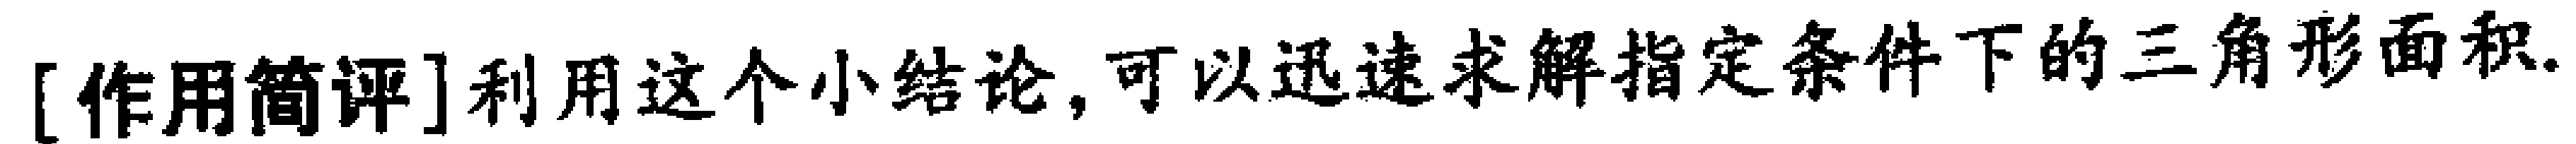
[作用简评]利用这个小结论,可以迅速求解指定条件下的三角形面积.